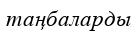
таңбаларды